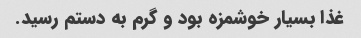
غذا بسیار خوشمزه بود و گرم به دستم رسید.